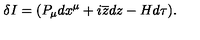
\delta I = ( P _ { \mu } d x ^ { \mu } + i \overline { { z } } d z - H d \tau ) .